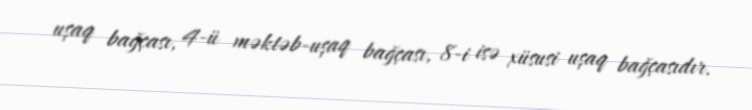
uşaq bağçası, 4-ü məktəb-uşaq bağçası, 8-i isə xüsusi uşaq bağçasıdır.